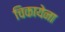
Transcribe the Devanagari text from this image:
चिकायेना